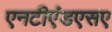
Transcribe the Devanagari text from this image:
एनटीएंडएसए